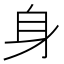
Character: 身